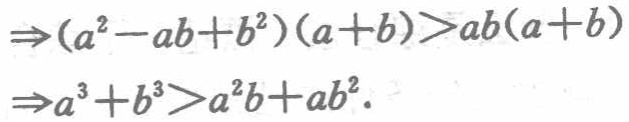
\[\begin{align*}

\Rightarrow(a^{2}-ab + b^{2})(a + b)&>ab(a + b)\\

\Rightarrow a^{3}+b^{3}&>a^{2}b+ab^{2}.

\end{align*}\]